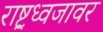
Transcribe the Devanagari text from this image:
राष्ट्रध्वजावर